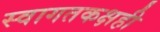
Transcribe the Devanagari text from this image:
स्वागतकक्षही